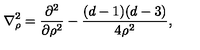
{ \bf \nabla } _ { \rho } ^ { 2 } = \frac { \partial ^ { 2 } } { \partial \rho ^ { 2 } } - \frac { ( d - 1 ) ( d - 3 ) } { 4 \rho ^ { 2 } } ,